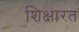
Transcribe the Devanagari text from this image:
शिक्षारत